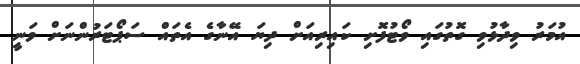
އުމަރު ވިދާޅުވި ގޮތުގައި ވޯޓުފޮށި ކައިރިއަށް ދިޔަ އޭނާގެ އެތައް ސަޕޯޓަރުންނަށް ވަނީ